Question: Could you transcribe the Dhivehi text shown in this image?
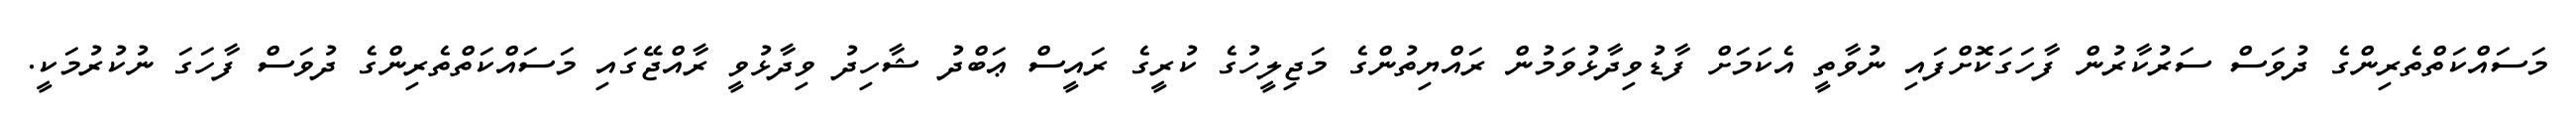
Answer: މަސައްކަތްތެރިންގެ ދުވަސް ސަރުކާރުން ފާހަގަކޮށްފައި ނުވާތީ އެކަމަށް ފާޑުވިދާޅުވަމުން ރައްޔިތުންގެ މަޖިލީހުގެ ކުރީގެ ރައީސް ޢަބްދު ޝާހިދު ވިދާޅުވީ ރާއްޖޭގައި މަސައްކަތްތެރިންގެ ދުވަސް ފާހަގަ ނުކުރުމަކީ.